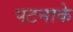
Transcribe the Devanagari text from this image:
पटनाके